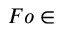
F o \in